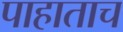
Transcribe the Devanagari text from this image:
पाहाताच